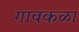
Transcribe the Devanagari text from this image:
गावकळा